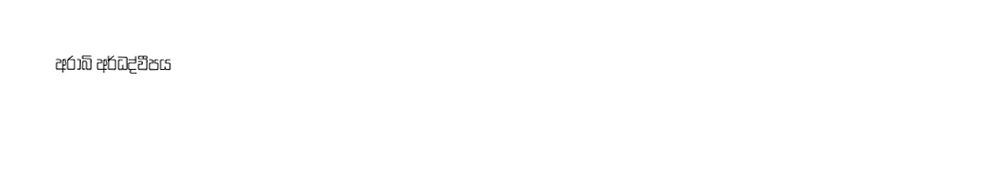
අරාබි අර්ධද්වීපය